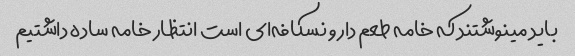
باید مینوشتند که خامه طعم دار و نسکافه‌ای است انتظار خامه ساده داشتیم